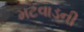
મટવાડની